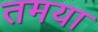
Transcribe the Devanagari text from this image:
तमया